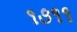
૧૭૧૧